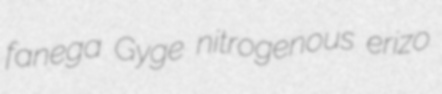
fanega Gyge nitrogenous erizo